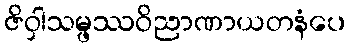
ဇိဝှါသမ္ဖဿဝိညာဏာယတနံပေ